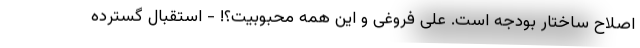
اصلاح ساختار بودجه است. علی فروغی و این همه محبوبیت؟! - استقبال گسترده